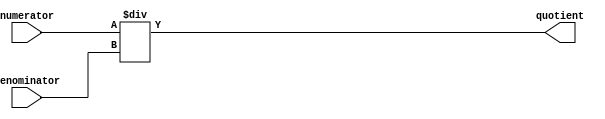
module Fractional_Divider (
    input signed [31:0] numerator,
    input signed [31:0] denominator,
    output reg signed [31:0] quotient
);

always @* begin
    quotient = numerator / denominator;
end

endmodule